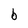
Character: b